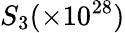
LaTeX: S_{3}(\times 10^{28})